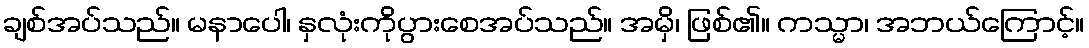
ချစ်အပ်သည်။ မနာပေါ၊ နှလုံးကိုပွားစေအပ်သည်။ အမှိ၊ ဖြစ်၏။ ကသ္မာ၊ အဘယ်ကြောင့်။